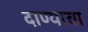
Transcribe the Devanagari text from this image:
दाण्याचा